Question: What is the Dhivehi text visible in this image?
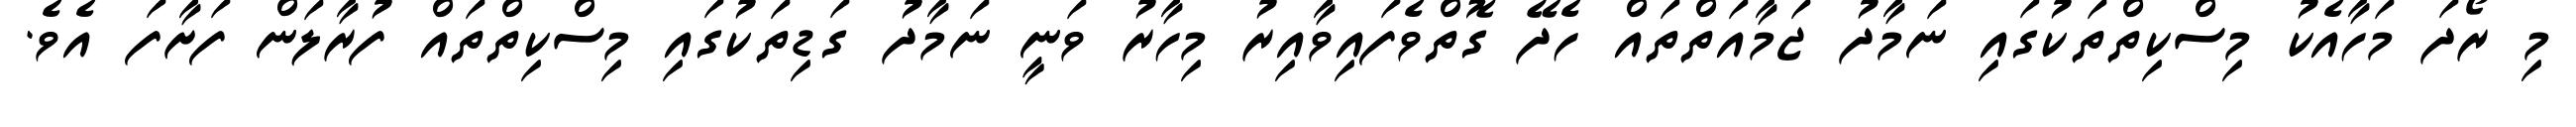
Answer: މި ރޯދަ މަހާއެކު މިސްކިތްތަކުގައި ނަމާދު ޖަމާއަތްތައް ހެދޭ ގޮތްވެފައިވާއިރު މިހާރު ވަނީ ނަމާދު ގަޑިތަކުގައި މިސްކިތްތައް ފުރާލަން ފަށާފަ އެވެ.